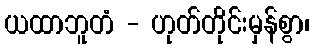
ယထာဘူတံ - ဟုတ်တိုင်းမှန်စွာ၊